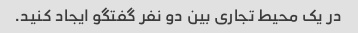
در یک محیط تجاری بین دو نفر گفتگو ایجاد کنید.